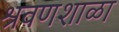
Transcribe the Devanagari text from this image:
श्रवणशाळा